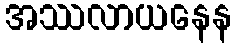
အဿလာယနေန